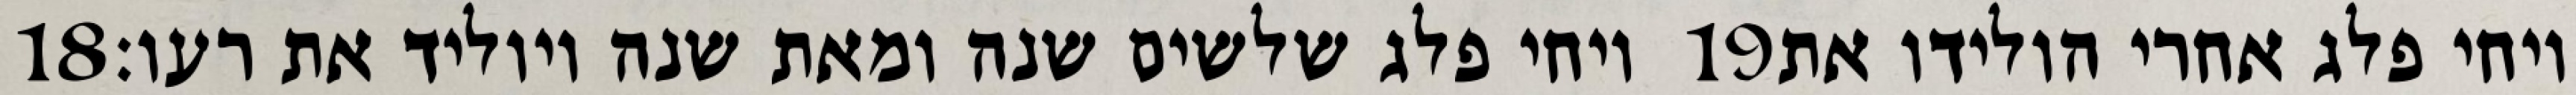
‎18‏ ויחי פלג שלשים שנה ומאת שנה ויוליד את רעו׃ ‎19‏ ויחי פלג אחרי הולידו את